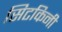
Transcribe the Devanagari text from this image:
सिटकिनी